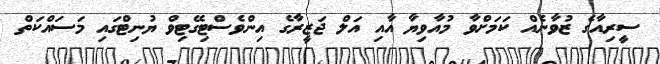
ސީރިއާގެ ޒުވާނެއް ކަމަށްވާ މުއާވިޔާ އާއި އަލް ޖަޒީރާގެ އިންވެސްޓިގޭޓިވް ޔުނިޓްގައި މަސައްކަތް